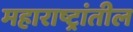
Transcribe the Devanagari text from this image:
महाराष्ट्रांतील